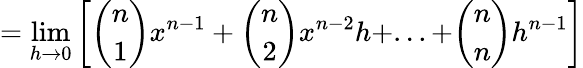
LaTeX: =\operatorname*{lim}_{h\to 0}\left[{\binom{n}{1}}x^{n-1}+{\binom{n}{2}}x^{n-2}h+...+{\binom{n}{n}}h^{n-1}\right]